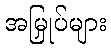
အမြှုပ်များ